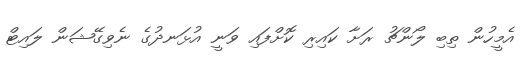
އެމީހުން ތިބި ލޯންޗު ރަށާ ކައިރި ކޮށްފައި ވަނީ އުޅަނދުގެ ނެވިގޭޝަން ލައިޓް